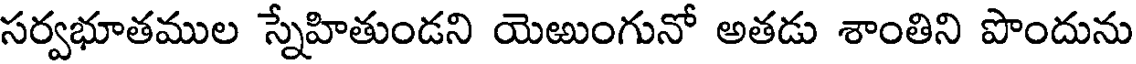
సర్వభూతముల స్నేహితుండని యెఱుంగునో అతడు శాంతిని పొందును